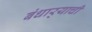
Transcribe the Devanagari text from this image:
बंधार्‍याची